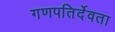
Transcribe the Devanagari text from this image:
गणपतिर्देवता